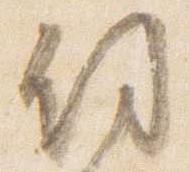
剱